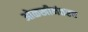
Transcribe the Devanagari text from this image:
ओळखीनंतरच